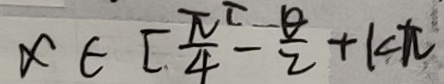
x \in [ \frac { \pi } { 4 } - \frac { \theta } { 2 } + k \pi